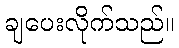
ချပေးလိုက်သည်။